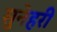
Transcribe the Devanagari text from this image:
सुनेहरी